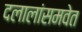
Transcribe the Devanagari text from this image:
दलालांसमवेत